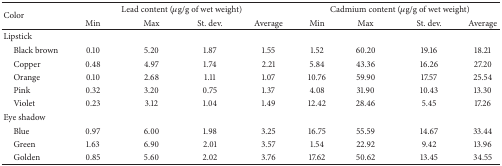
| <ROWSPAN=2> Color | <COLSPAN=4> Lead content (μg/g of wet weight) | <COLSPAN=4> Cadmium content (μg/g of wet weight) |
 | Min | Max | St. dev. | Average | Min | Max | St. dev. | Average |
 | --- | --- | --- | --- | --- | --- | --- | --- | --- |
 | Lipstick |  |  |  |  |  |  |  |  |
 | Black brown | 0.10 | 5.20 | 1.87 | 1.55 | 1.52 | 60.20 | 19.16 | 18.21 |
 | Copper | 0.48 | 4.97 | 1.74 | 2.21 | 5.84 | 43.36 | 16.26 | 27.20 |
 | Orange | 0.10 | 2.68 | 1.11 | 1.07 | 10.76 | 59.90 | 17.57 | 25.54 |
 | Pink | 0.32 | 3.20 | 0.75 | 1.37 | 4.08 | 31.90 | 10.43 | 13.30 |
 | Violet | 0.23 | 3.12 | 1.04 | 1.49 | 12.42 | 28.46 | 5.45 | 17.26 |
 | Eye shadow |  |  |  |  |  |  |  |  |
 | Blue | 0.97 | 6.00 | 1.98 | 3.25 | 16.75 | 55.59 | 14.67 | 33.44 |
 | Green | 1.63 | 6.90 | 2.01 | 3.57 | 1.54 | 22.92 | 9.42 | 13.96 |
 | Golden | 0.85 | 5.60 | 2.02 | 3.76 | 17.62 | 50.62 | 13.45 | 34.55 |